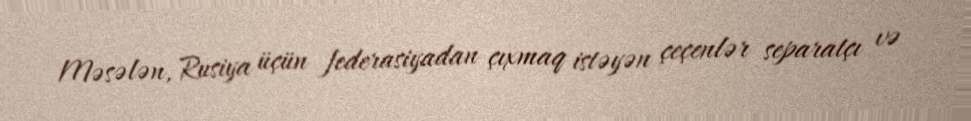
Məsələn, Rusiya üçün federasiyadan çıxmaq istəyən çeçenlər separatçı və